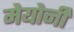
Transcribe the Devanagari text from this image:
मेयोनी